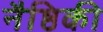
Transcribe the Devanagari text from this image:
नैष्ठिकी